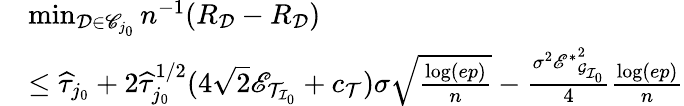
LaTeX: \begin{array}{rl}&{\operatorname*{min}_{\mathcal{D}\in\mathscr{C}_{j_{0}}}n^{-1}(R_{\mathcal{D}}-R_{\mathcal{D}})}\\ &{\leq\widehat{\tau}_{j_{0}}+2\widehat{\tau}_{j_{0}}^{1/2}(4\sqrt{2}\mathscr{E}_{\mathcal{T}_{\mathcal{I}_{0}}}+c_{\mathcal{T}})\sigma\sqrt{\frac{\log(ep)}{n}}-\frac{\sigma^{2}{\mathscr{E}^{*}}_{\mathcal{G}_{\mathcal{I}_{0}}}^{2}}{4}\frac{\log(ep)}{n}}\end{array}